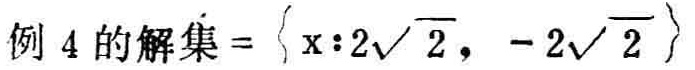
例 4 的解集 = \(\{x:2\sqrt{2}, -2\sqrt{2}\}\)